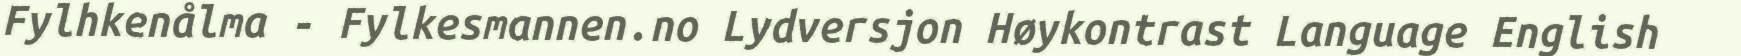
Fylhkenålma - Fylkesmannen.no Lydversjon Høykontrast Language English